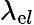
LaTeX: \lambda_{\mathrm{e}l}